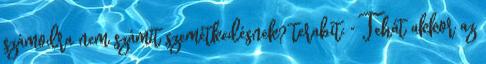
számodra nem számít szemétkedésnek? terabit: " Tehát akkor az